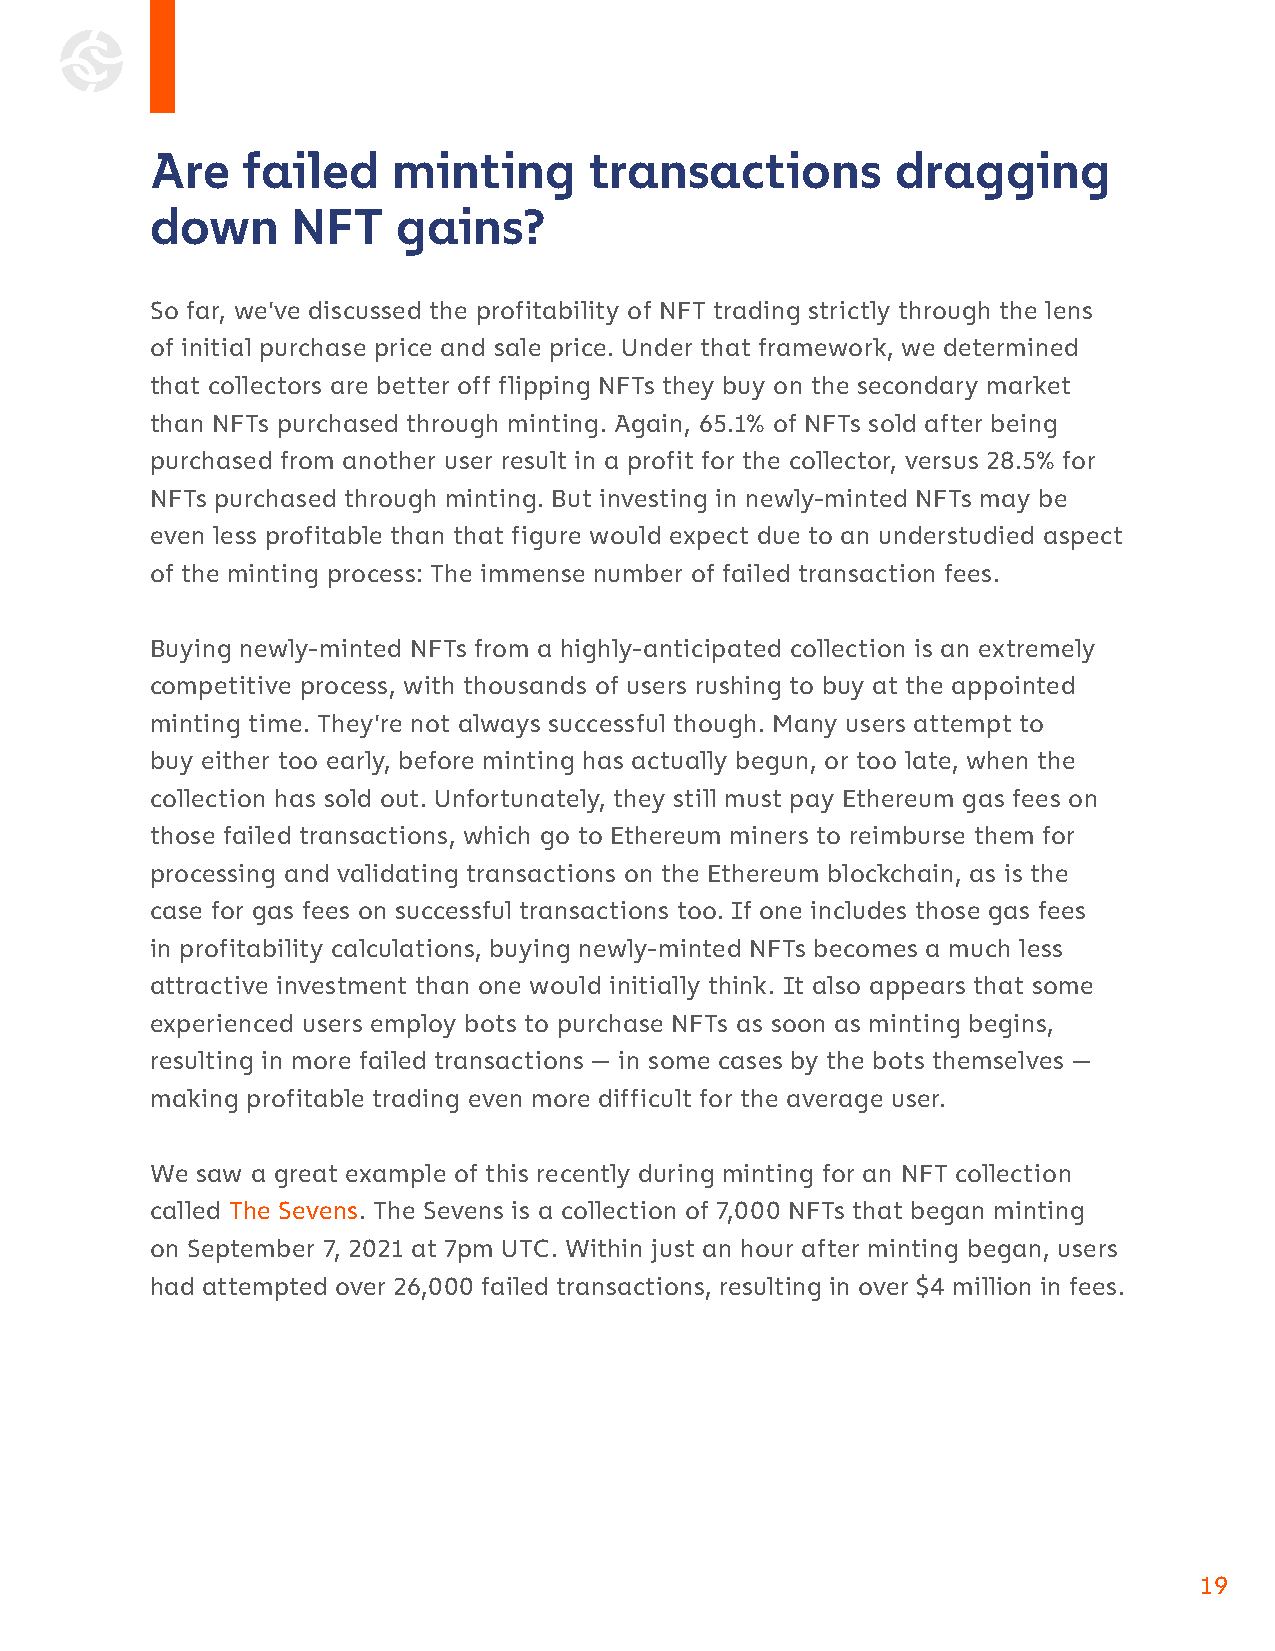
Are   failed    minting      transactions        dragging
 down     NFT    gains?
 So far, we’ve discussed the profitability of NFT trading strictly through the lens
 of initial purchase price and sale price. Under that framework, we determined
 that collectors are better off flipping NFTs they buy on the secondary market
 than NFTs purchased through minting. Again, 65.1% of NFTs sold after being
 purchased from another user result in a profit for the collector, versus 28.5% for
 NFTs purchased through minting. But investing in newly-minted NFTs may be
 even less profitable than that figure would expect due to an understudied aspect
 of the minting process: The immense number of failed transaction fees.
 Buying newly-minted NFTs from a highly-anticipated collection is an extremely
 competitive process, with thousands of users rushing to buy at the appointed
 minting time. They’re not always successful though. Many users attempt to
 buy either too early, before minting has actually begun, or too late, when the
 collection has sold out. Unfortunately, they still must pay Ethereum gas fees on
 those failed transactions, which go to Ethereum miners to reimburse them for
 processing and validating transactions on the Ethereum blockchain, as is the
 case for gas fees on successful transactions too. If one includes those gas fees
 in profitability calculations, buying newly-minted NFTs becomes a much less
 attractive investment than one would initially think. It also appears that some
 experienced users employ bots to purchase NFTs as soon as minting begins,
 resulting in more failed transactions — in some cases by the bots themselves —
 making profitable trading even more difficult for the average user.
 We saw a great example of this recently during minting for an NFT collection
 called The Sevens. The Sevens is a collection of 7,000 NFTs that began minting
 on September 7, 2021 at 7pm UTC. Within just an hour after minting began, users
 had attempted over 26,000 failed transactions, resulting in over $4 million in fees.
 19